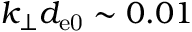
k _ { \perp } d _ { \mathrm { e 0 } } \sim 0 . 0 1